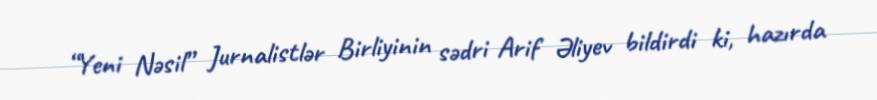
“Yeni Nəsil” Jurnalistlər Birliyinin sədri Arif Əliyev bildirdi ki, hazırda